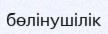
бөлінушілік